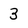
Character: 3